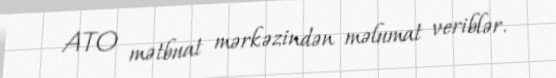
ATO mətbuat mərkəzindən məlumat veriblər.